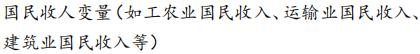
国民收人变量 (如工农业国民收入、运输业国民收入、建筑业国民收入等)